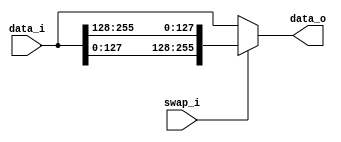
// This program was cloned from: https://github.com/NYU-MLDA/OpenABC
// License: BSD 3-Clause "New" or "Revised" License

module bsg_swap_width_p128
(
  data_i,
  swap_i,
  data_o
);

  input [255:0] data_i;
  output [255:0] data_o;
  input swap_i;
  wire [255:0] data_o;
  wire N0,N1,N2;
  assign data_o = (N0)? { data_i[127:0], data_i[255:128] } :
                  (N1)? data_i : 1'b0;
  assign N0 = swap_i;
  assign N1 = N2;
  assign N2 = ~swap_i;

endmodule